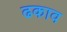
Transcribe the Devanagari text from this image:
ढकाव